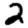
Digit: 2